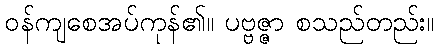
ဝန်ကျစေအပ်ကုန်၏။ ပဗ္ဗဇ္ဇာ စသည်တည်း။